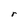
Character: r